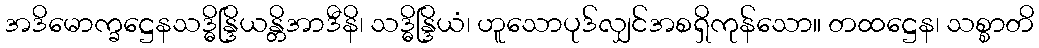
အဒိမောက္ခဋ္ဌေနသဒ္ဓိန္ဒြိယန္တိအာဒီနိ၊ သဒ္ဓိန္ဒြိယံ၊ ဟူသောပုဒ်လျှင်အစရှိကုန်သော။ တထဋ္ဌေန၊ သစ္စာတိ